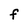
Character: F